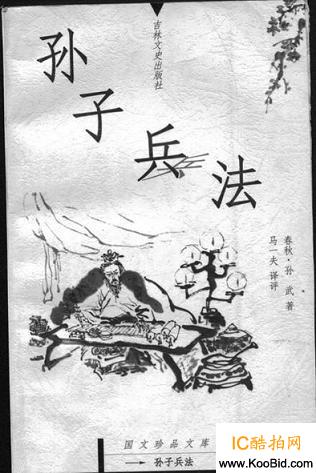
百战百胜，非善之善者也不战而屈人之兵，善之善者也。